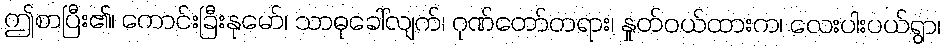
ဤစာပြီး၏၊ ကောင်းခြီးနုမော်၊ သာဓုခေါ်လျက်၊ ဂုဏ်တော်တရား၊ နှုတ်ဝယ်ထားက၊ လေးပါးပယ်ရွာ၊